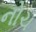
નોચ